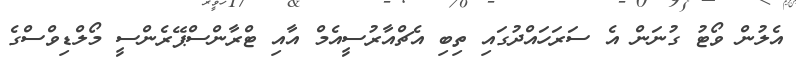
އެލުން ވޯޓު ގުނަން އެ ސަރަހައްދުގައި ތިބި އެޗްއާރުސީއެމް އާއި ޓްރާންސްޕޭރެންސީ މޯލްޑިވްސްގެ